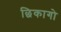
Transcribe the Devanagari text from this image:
छिकागो